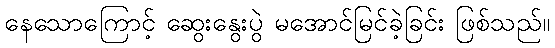
နေသောကြောင့် ဆွေးနွေးပွဲ မအောင်မြင်ခဲ့ခြင်း ဖြစ်သည်။